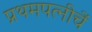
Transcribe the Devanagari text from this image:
प्रथमपत्नीचें